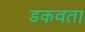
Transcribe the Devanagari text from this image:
डकवता